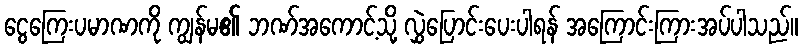
ငွေကြေးပမာဏကို ကျွန်မ၏ ဘဏ်အကောင့်သို့ လွှဲပြောင်းပေးပါရန် အကြောင်းကြားအပ်ပါသည်။